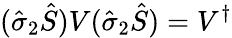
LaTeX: (\hat{\sigma}_{2}\hat{S})V(\hat{\sigma}_{2}\hat{S})=V^{\dagger}